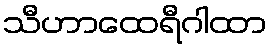
သီဟာထေရီဂါထာ